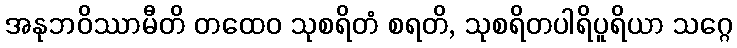
အနုဘဝိဿာမီတိ တထေဝ သုစရိတံ စရတိ, သုစရိတပါရိပူရိယာ သဂ္ဂေ